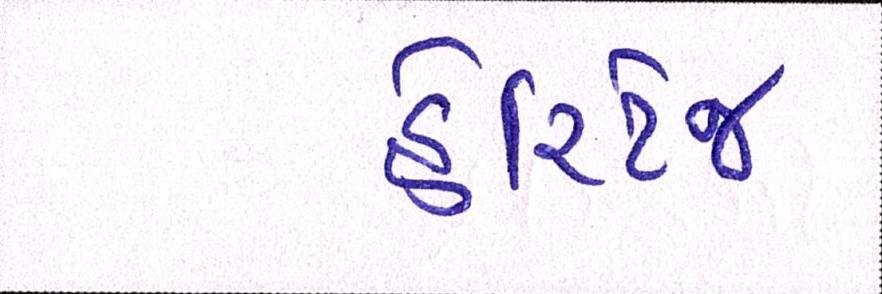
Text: હેરિટેજ